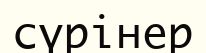
сүрінер